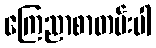
ကြေညာစာတမ်းပါ